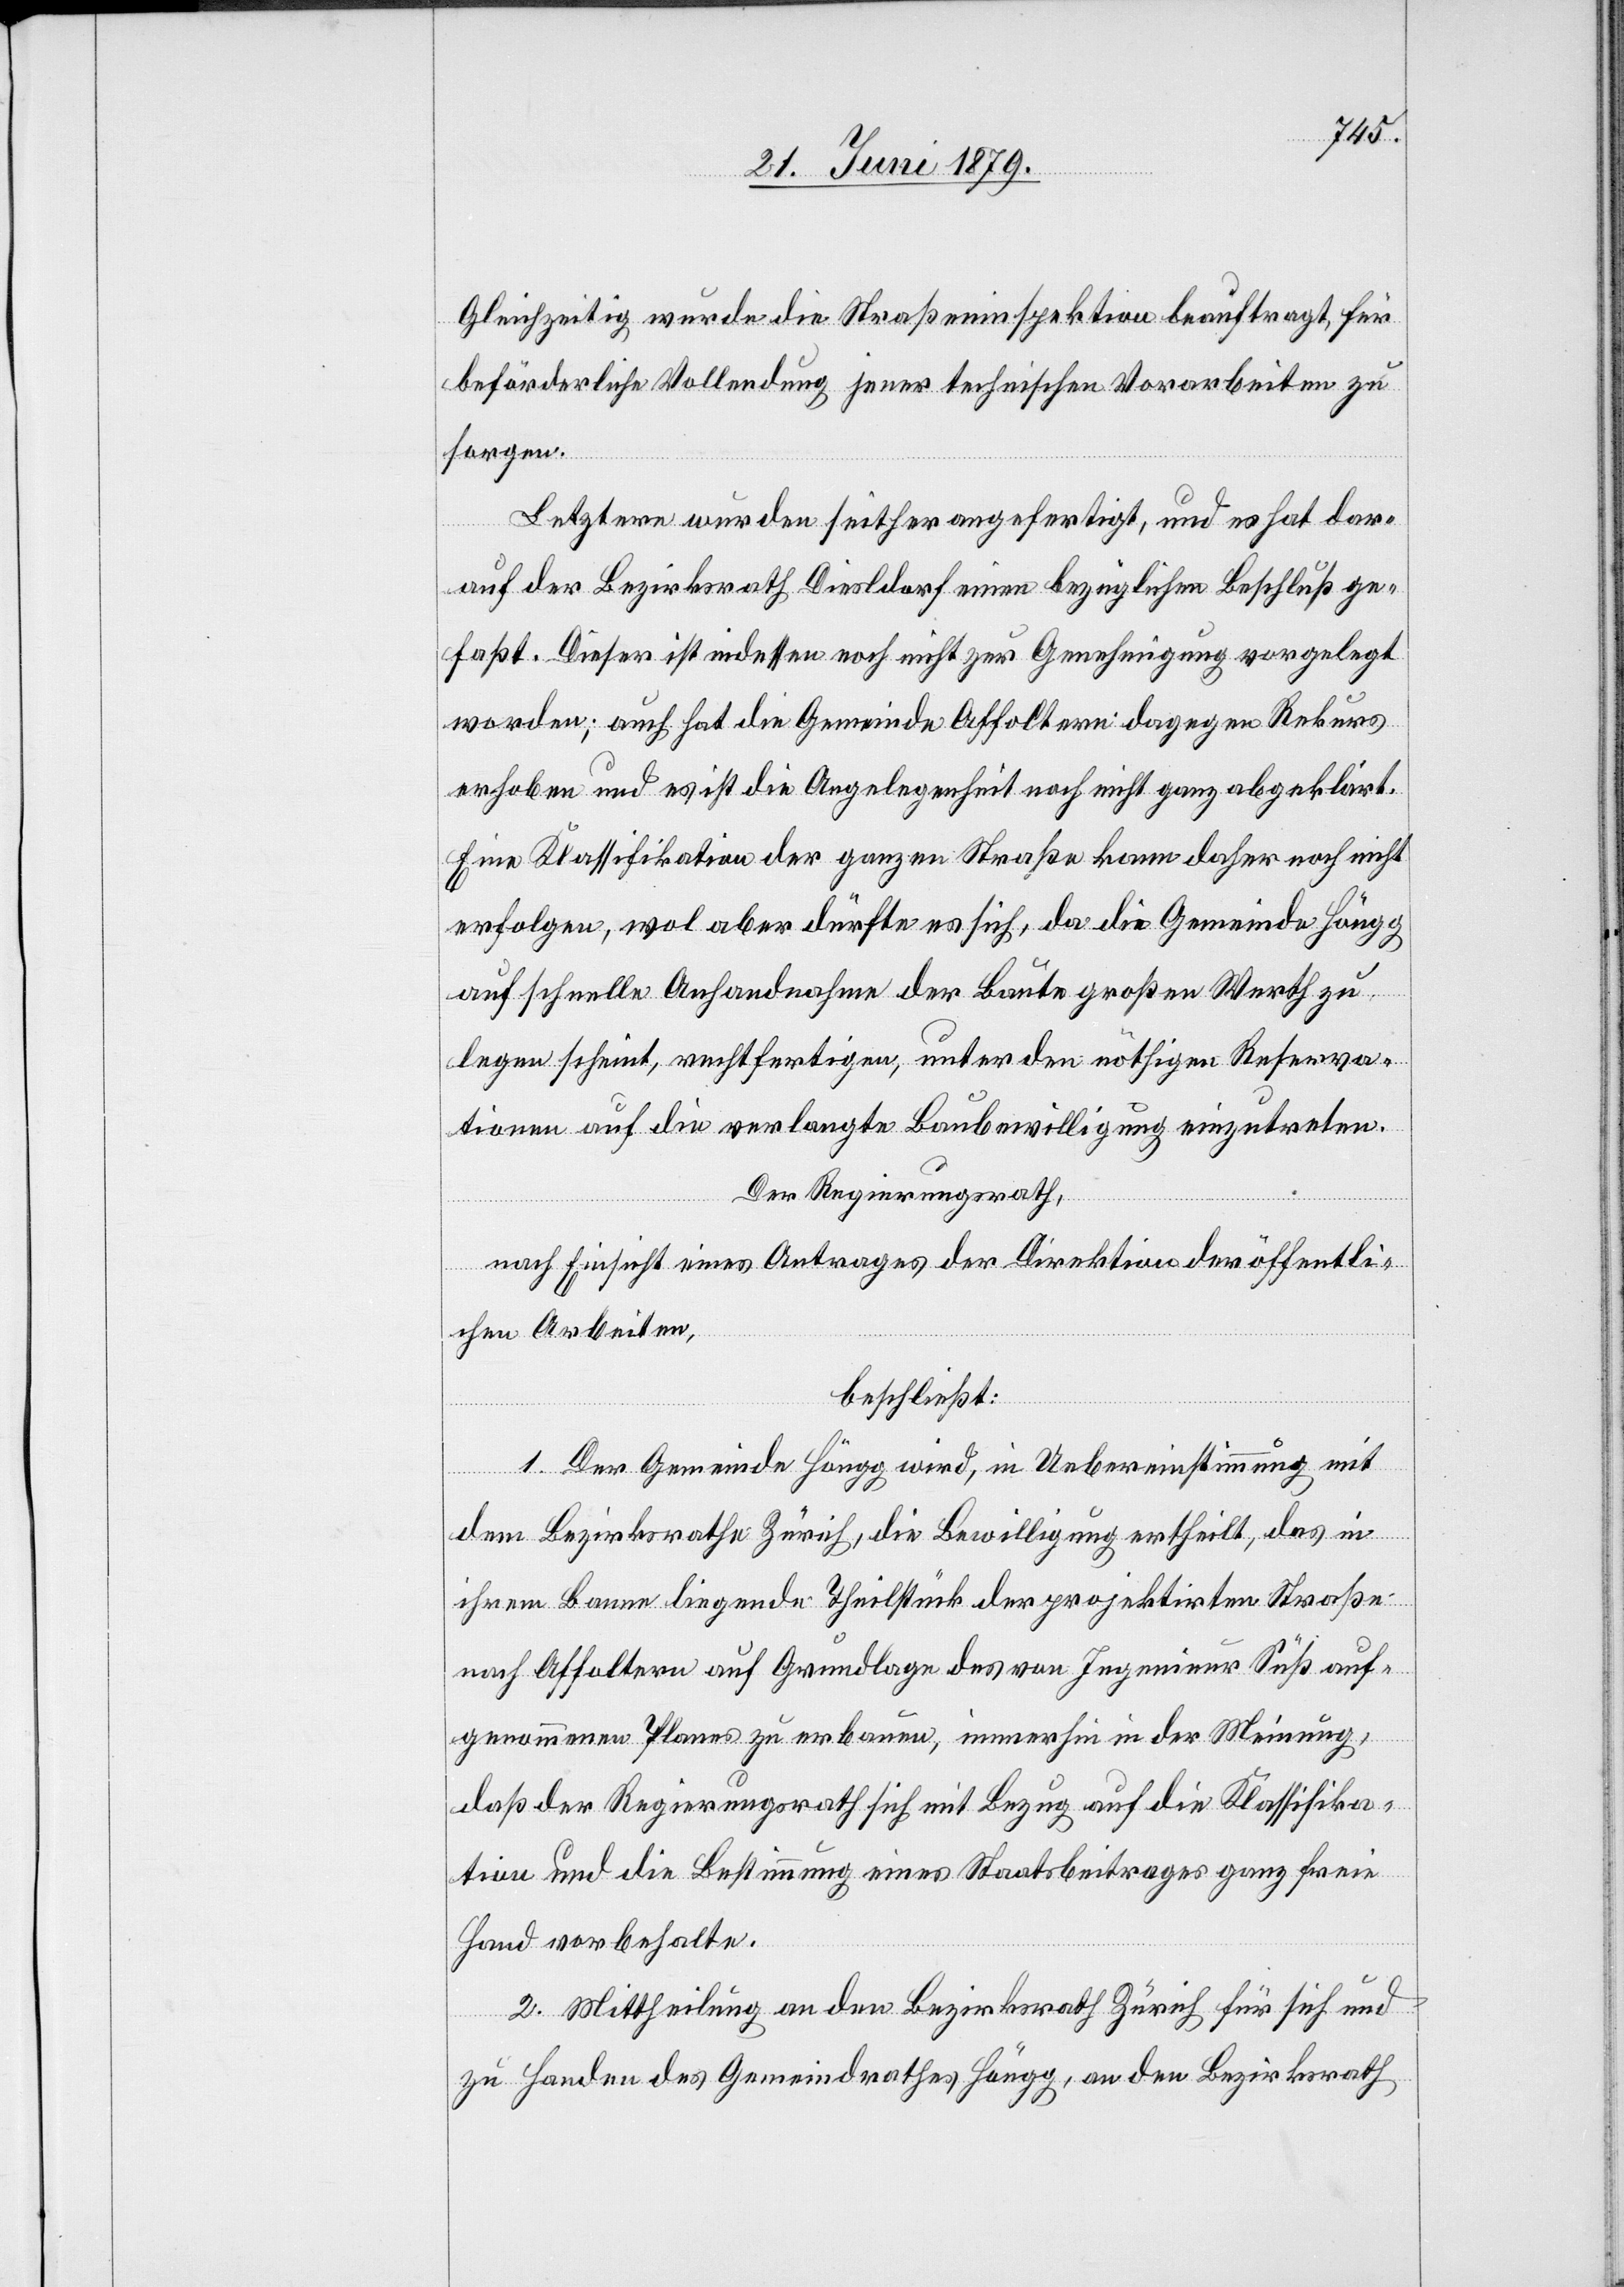
Gleichzeitig wurde die Straßeninspektion beauftragt, für
beförderliche Vollendung jener technischen Vorarbeiten zu
sorgen.
Letztere wurden seither angefertigt, und es hat dar¬
auf der Bezirksrath Dielsdorf einen bezüglichen Beschluß ge¬
faßt. Dieser ist indessen noch nicht zur Genehmigung vorgelegt
worden; auch hat die Gemeinde Affoltern dagegen Rekurs
erhoben und es ist die Angelegenheit noch nicht ganz abgeklärt.
Eine Klassifikation der ganzen Straße kann daher noch nicht
erfolgen, wol aber dürfte es sich, da die Gemeinde Höngg
auf schnelle Anhandnahme der Baute großen Werth zu
legen scheint, rechtfertigen, unter den nöthigen Reserva¬
tionen auf die verlangte Baubewilligung einzutreten.
Der Regierungsrath,
nach Einsicht eines Antrages der Direktion der öffentli¬
chen Arbeiten,
beschließt:
1. Der Gemeinde Höngg wird, in Uebereinstimmung mit
dem Bezirksrathe Zürich, die Bewilligung ertheilt, das in
ihrem Banne liegende Theilstück der projektirten Straße
nach Affoltern auf Grundlage des von Ingenieur Süß auf¬
genommenen Planes zu erbauen, immerhin in der Meinung,
daß der Regierungsrath sich mit Bezug auf die Klassifika¬
tion und die Bestimmung eines Staatsbeitrages ganz freie
Hand vorbehalte.
2. Mittheilung an den Bezirksrath Zürich für sich und
zu Handen des Gemeindrathes Höngg, an den Bezirksrath